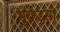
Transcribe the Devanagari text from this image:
मुकद्दसी